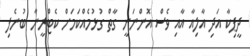
ދީޕިކާ އަދި އާލިއާ އާއި ވެސް އޮންނަނީ ގާތް ގުޅުމެއްކަމަށް ކެޓްރީނާ ބުނެފި